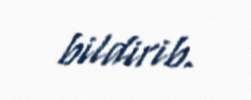
bildirib.